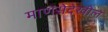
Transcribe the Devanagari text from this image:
माणसेदेखील